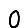
Digit: 0